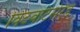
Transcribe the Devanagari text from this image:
विटवाटर्सरेंड